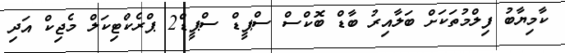
ކާމިޔާބު ފިލްމުތަަކަށް ބަލާއިރު ބާޑް ބޮކްސް ސްޕީޑް ސްޕީޑް2 ޕްރެކްޓިކަލް މެޖިކް އަދި